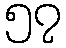
၅၇